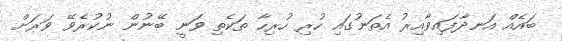
ބައެއް އަނދާފައިވާއިރު އެތަނުގައި ހުރި ހުރިހާ ތަކެތި ވަނީ ބޭނުން ނުކުރެވޭ ވަރަށް